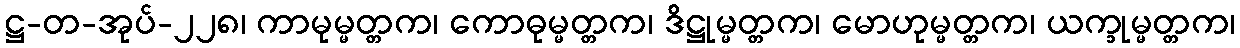
ဋ္ဌ-တ-အုပ်-၂၂၈၊ ကာမုမ္မတ္တက၊ ကောဓုမ္မတ္တက၊ ဒိဋ္ဌုမ္မတ္တက၊ မောဟုမ္မတ္တက၊ ယက္ခုမ္မတ္တက၊